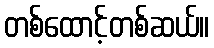
တစ်ထောင့်တစ်ဆယ်။